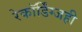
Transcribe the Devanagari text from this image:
रेकॉर्डिंग्जही